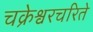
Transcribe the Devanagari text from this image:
चक्रेश्वरचरिते